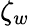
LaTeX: \zeta_{w}